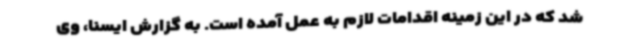
شد که در این زمینه اقدامات لازم به عمل آمده است. به گزارش ایسنا، وی